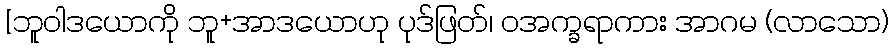
[ဘူဝါဒယောကို ဘူ+အာဒယောဟု ပုဒ်ဖြတ်၊ ဝအက္ခရာကား အာဂမ (လာသော)